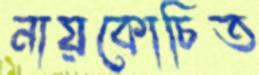
নায়কোচিত